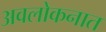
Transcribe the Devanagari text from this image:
अवलोकनात